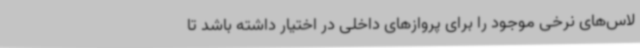
لاس‌های نرخی موجود را برای پروازهای داخلی در اختیار داشته باشد تا